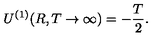
U ^ { ( 1 ) } ( R , T \to \infty ) = - \frac { T } { 2 } { . }